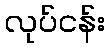
လုပ်ငန်း